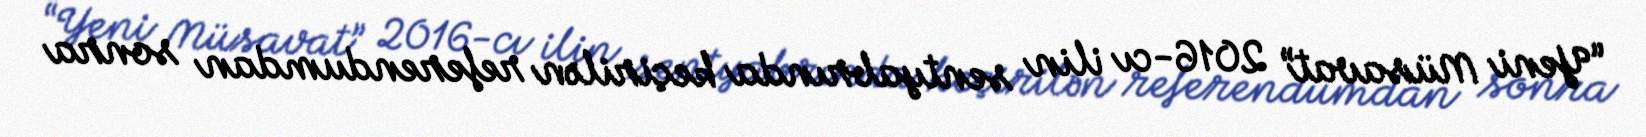
“Yeni Müsavat” 2016-cı ilin sentyabrında keçirilən referendumdan sonra